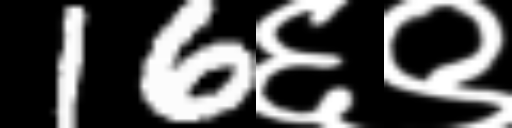
Text: 16६९